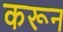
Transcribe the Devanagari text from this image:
करून